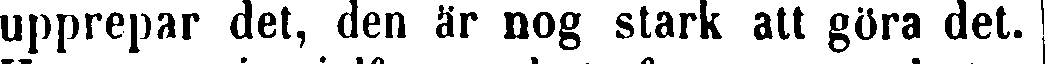
upprepar det, den är nog stark att göra det.